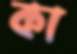
কা